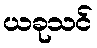
ယခုသင်